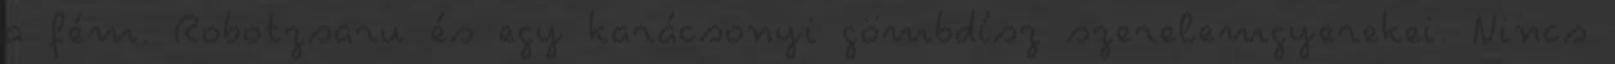
a fém. Robotzsaru és egy karácsonyi gömbdísz szerelemgyerekei. Nincs